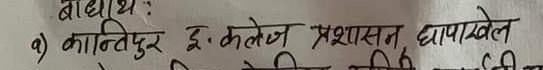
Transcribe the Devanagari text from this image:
बाधाथ :
a) कान्तिपुर इ. कलेज प्रशासन, धापाखेल